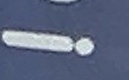
!